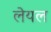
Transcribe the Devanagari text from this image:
लेयल